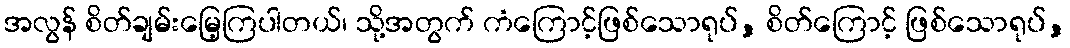
အလွန် စိတ်ချမ်းမြေ့ကြပါတယ်၊ သို့အတွက် ကံကြောင့်ဖြစ်သောရုပ်, စိတ်ကြောင့် ဖြစ်သောရုပ်,